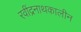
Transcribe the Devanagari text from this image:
रवींद्रनाथकालीन